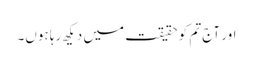
اور آج تم کو حقیقت میں دیکھ رہا ہوں۔